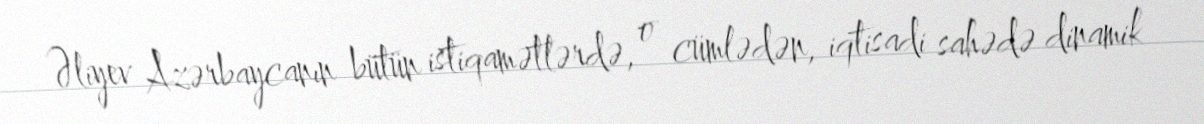
Əliyev Azərbaycanın bütün istiqamətlərdə, o cümlədən, iqtisadi sahədə dinamik